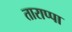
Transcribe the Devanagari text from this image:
ताराप्पा